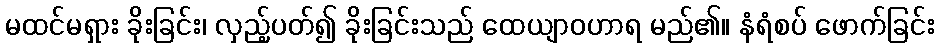
မထင်မရှား ခိုးခြင်း၊ လှည့်ပတ်၍ ခိုးခြင်းသည် ထေယျာဝဟာရ မည်၏။ နံရံစပ် ဖောက်ခြင်း